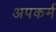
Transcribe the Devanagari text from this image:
अपकर्म